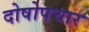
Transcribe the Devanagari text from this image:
दोषोपचार